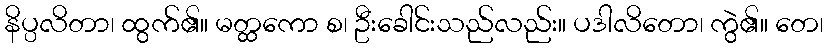
နိပ္ပလိတာ၊ ထွက်၏။ မတ္ထကော စ၊ ဦးခေါင်းသည်လည်း။ ပဒါလိတော၊ ကွဲ၏။ တေ၊